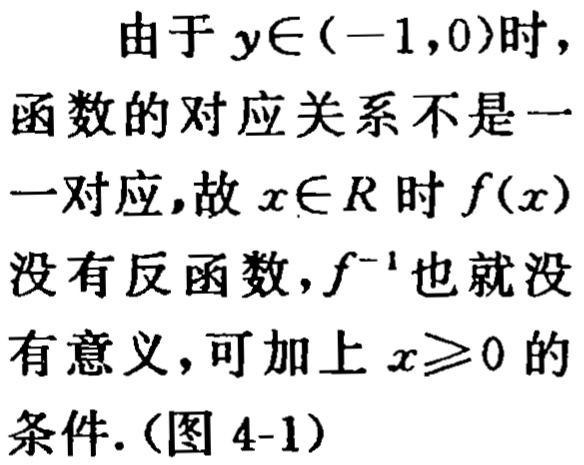
由于 \(y\in(-1,0)\)时，函数的对应关系不是一一对应，故 \(x\in R\)时 \(f(x)\)没有反函数，\(f^{-1}\)也就没有意义，可加上 \(x\geqslant0\)的条件.（图4-1）